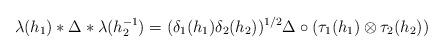
LaTeX: \begin{align*} \lambda(h_1) \ast \Delta \ast \lambda(h_2^{-1}) = (\delta_1(h_1)\delta_2(h_2))^{1/2}\Delta \circ(\tau_1(h_1)\otimes \tau_2(h_2))\end{align*}